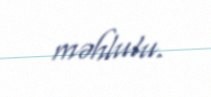
məhlulu.